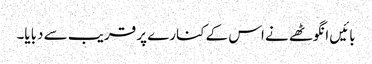
بائیں انگوٹھے نے اس کے کنارے پر قریب سے دبایا۔